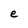
Character: e